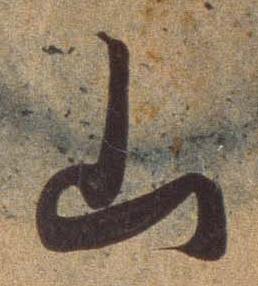
山